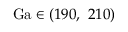
\mathrm { G a } \in ( 1 9 0 , ~ 2 1 0 )